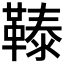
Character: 𩌉